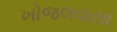
ખોજલવાસા